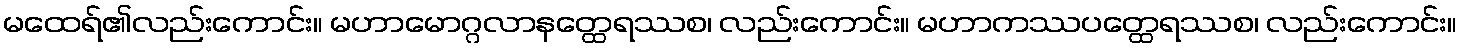
မထေရ်၏လည်းကောင်း။ မဟာမောဂ္ဂလာနတ္ထေရဿစ၊ လည်းကောင်း။ မဟာကဿပတ္ထေရဿစ၊ လည်းကောင်း။